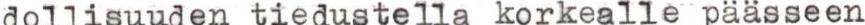
dollisuuden tiedustella korkealle päässeen